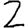
Digit: 2